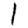
Digit: 1